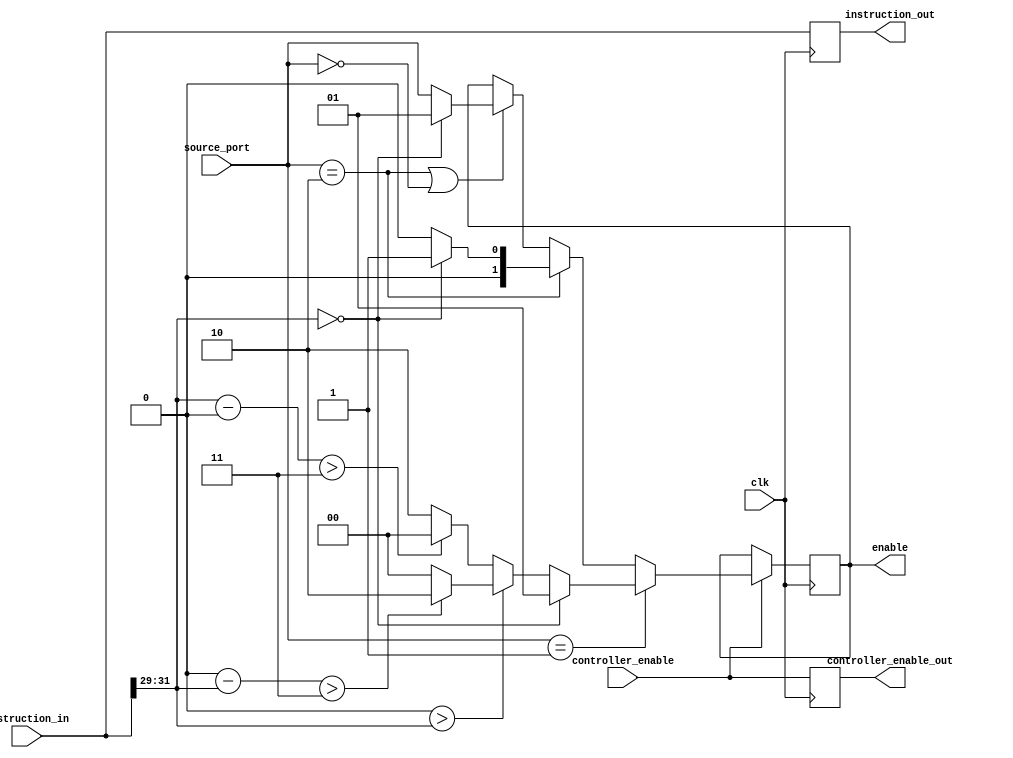
module node_controller (clk, controller_enable_out,source_port,controller_enable,instruction_in,instruction_out,enable);
	input clk;
	input [1:0] source_port;
	input controller_enable;
	input [31:0] instruction_in;
	output [31:0] instruction_out;
	output [1:0] enable;
	output controller_enable_out;
	
	parameter NODE_IP = 3'b000;
	parameter MIDPOINT_NODE = 3'b011;
	parameter NODE_IP_BITWIDTH = 3;
	
	reg [1:0] enable;
	reg controller_enable_out;
	wire [2:0] destination_node,originating_node;
	reg [31:0] instruction_out;
	wire [31:0] instruction_in;
	wire controller_enable;
	
	
	assign destination_node = instruction_in[31:31-NODE_IP_BITWIDTH+1];
	assign originating_node = instruction_in[31-NODE_IP_BITWIDTH:31-NODE_IP_BITWIDTH-NODE_IP_BITWIDTH+1]; // Currently not used
	
	always @ (posedge clk) begin
		if(controller_enable) begin // only run if there is a new instruction to pass
			if(source_port == 2'b01) begin // if self is the source...
				if (destination_node == NODE_IP) begin // if self is the destination, send to output
					enable <= 2'b01;
				end else if (NODE_IP > destination_node) begin // if this node's IP address is greater than the address of the destination...
					if ((NODE_IP - destination_node) > MIDPOINT_NODE) begin // check to see which direction gets it to the other node more quickly.
						enable <= 2'b10; // send right if the distance between is greater than 1/2 the max distance (loop around)
					end else begin
						enable <= 2'b00; // send left if the distance between is less than 1/2 the max distance
					end
				end else begin // otherwise, if the destination is greater than this node's IP address...
					if ((destination_node - NODE_IP) > MIDPOINT_NODE) begin
						enable <= 2'b00; // send left if the distance between is more than 1/2 the max distance
					end else begin
						enable <= 2'b10; // send right if it is less than 1/2 the max distance
					end
				end
			end else if(source_port == 2'b10) begin // if the instruction came from the right...
				if (destination_node == NODE_IP) begin // output if this is the destination
					enable <= 2'b01;
				// end else if((destination_node-NODE_IP)>MIDPOINT_NODE) begin
				// 	enable <= 2'b10;
				end else begin
					enable <= 2'b00; // otherwise, it needs to keep going left
				end
			end else if(source_port == 2'b10 || source_port == 2'b00) begin // Anything else, either output or keep going the way
				if (destination_node == NODE_IP) begin
					enable <= 2'b01;
				end else begin
					enable <= source_port;
				end
			end
		end
		// Let the next node know what's coming
		instruction_out <= instruction_in;
		controller_enable_out <= controller_enable;
	end
endmodule